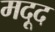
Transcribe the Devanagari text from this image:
मदूद